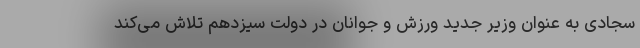
سجادی به عنوان وزیر جدید ورزش و جوانان در دولت سیزدهم تلاش می‌کند